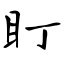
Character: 盯